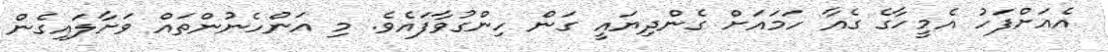
އެއަށްފަހު އެމީހާގެ ގެއާ ހަމައަށް ގެންދިޔައީ ގަން ހިންގުވާފައެވެ. މި އަންހެނުންތައް ވަށާލައިގެން